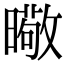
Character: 曔